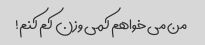
من می خواهم کمی وزن کم کنم!